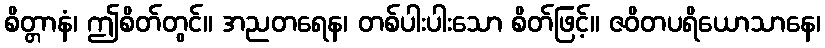
စိတ္တာနံ၊ ဤစိတ်တွင်။ အညတရေန၊ တစ်ပါးပါးသော စိတ်ဖြင့်။ ဇဝိတပရိယောသာနေ၊